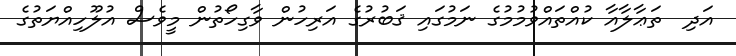
އަދި  ތަޢާލާއާ ކުއްތައްވުމުމުގެ ނަމުގައި ޤަބުރުގެ އަރިހުން ވާގިހޯތުން މީވެސް އުލޫހިއްޔަތުގެ